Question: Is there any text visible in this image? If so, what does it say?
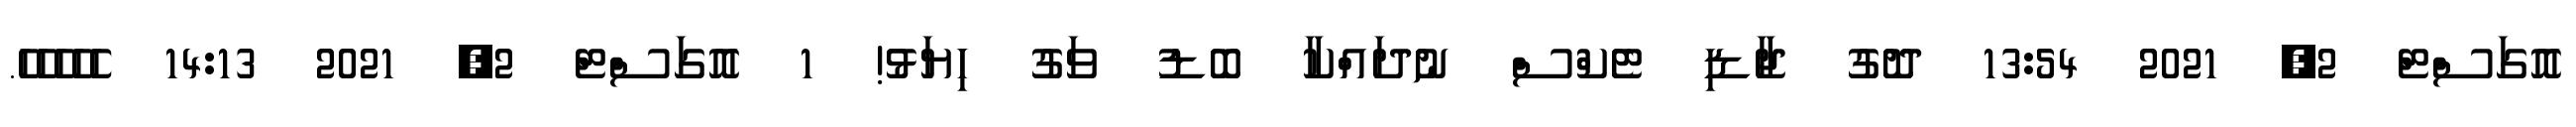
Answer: އޮގަސްޓް 2, 2021 13:54 ދޮގު ޖާޑި ޓެކްސް ނުދައްކާ ބޮޑު ވަގު ހިޔަޅު! 1 އޮގަސްޓް 2, 2021 14:13 ހެހެހެހެހެ.